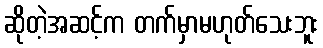
ဆိုတဲ့အဆင့်က တက်မှာမဟုတ်သေးဘူး